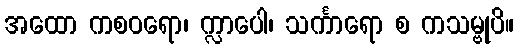
အထော ကစဝရော၊ က္လာပေါ၊ သင်္ကာရော စ ကသမ္ဗုပိ။